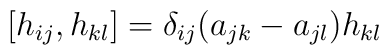
[h_{ij},h_{kl}]=\delta_{ij}(a_{jk}-a_{jl})h_{kl}